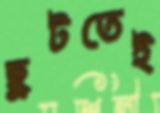
ছুটতেই